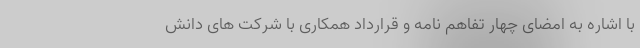
با اشاره به امضای چهار تفاهم نامه و قرارداد همکاری با شرکت های دانش